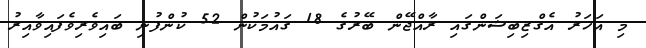
މި އަހަރު އެގްޒިބިޝަންގައި ރާއްޖޭން ބޭރުގެ 18 ގައުމަކުން 52 ކުންފުނި ބައިވެރިވެފައިވާއިރު